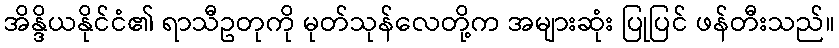
အိန္ဒိယနိုင်ငံ၏ ရာသီဥတုကို မုတ်သုန်လေတို့က အများဆုံး ပြုပြင် ဖန်တီးသည်။